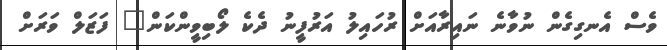
ވެސް އެނގިގެން ނުވާނެ ނައިރާއަށް ރުހައިލު އަރުފީނު ދެކެ ލޯބިވީންކަން" ފަޒަލް ވަރަށް